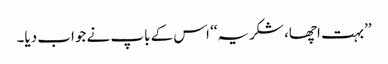
’’بہت اچھا، شکریہ‘‘ اس کے باپ نے جواب دیا۔